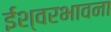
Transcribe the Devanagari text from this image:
ईश्वरभावना